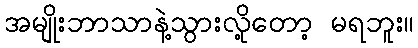
အမျိုးဘာသာနဲ့သွားလို့တော့ မရဘူး။